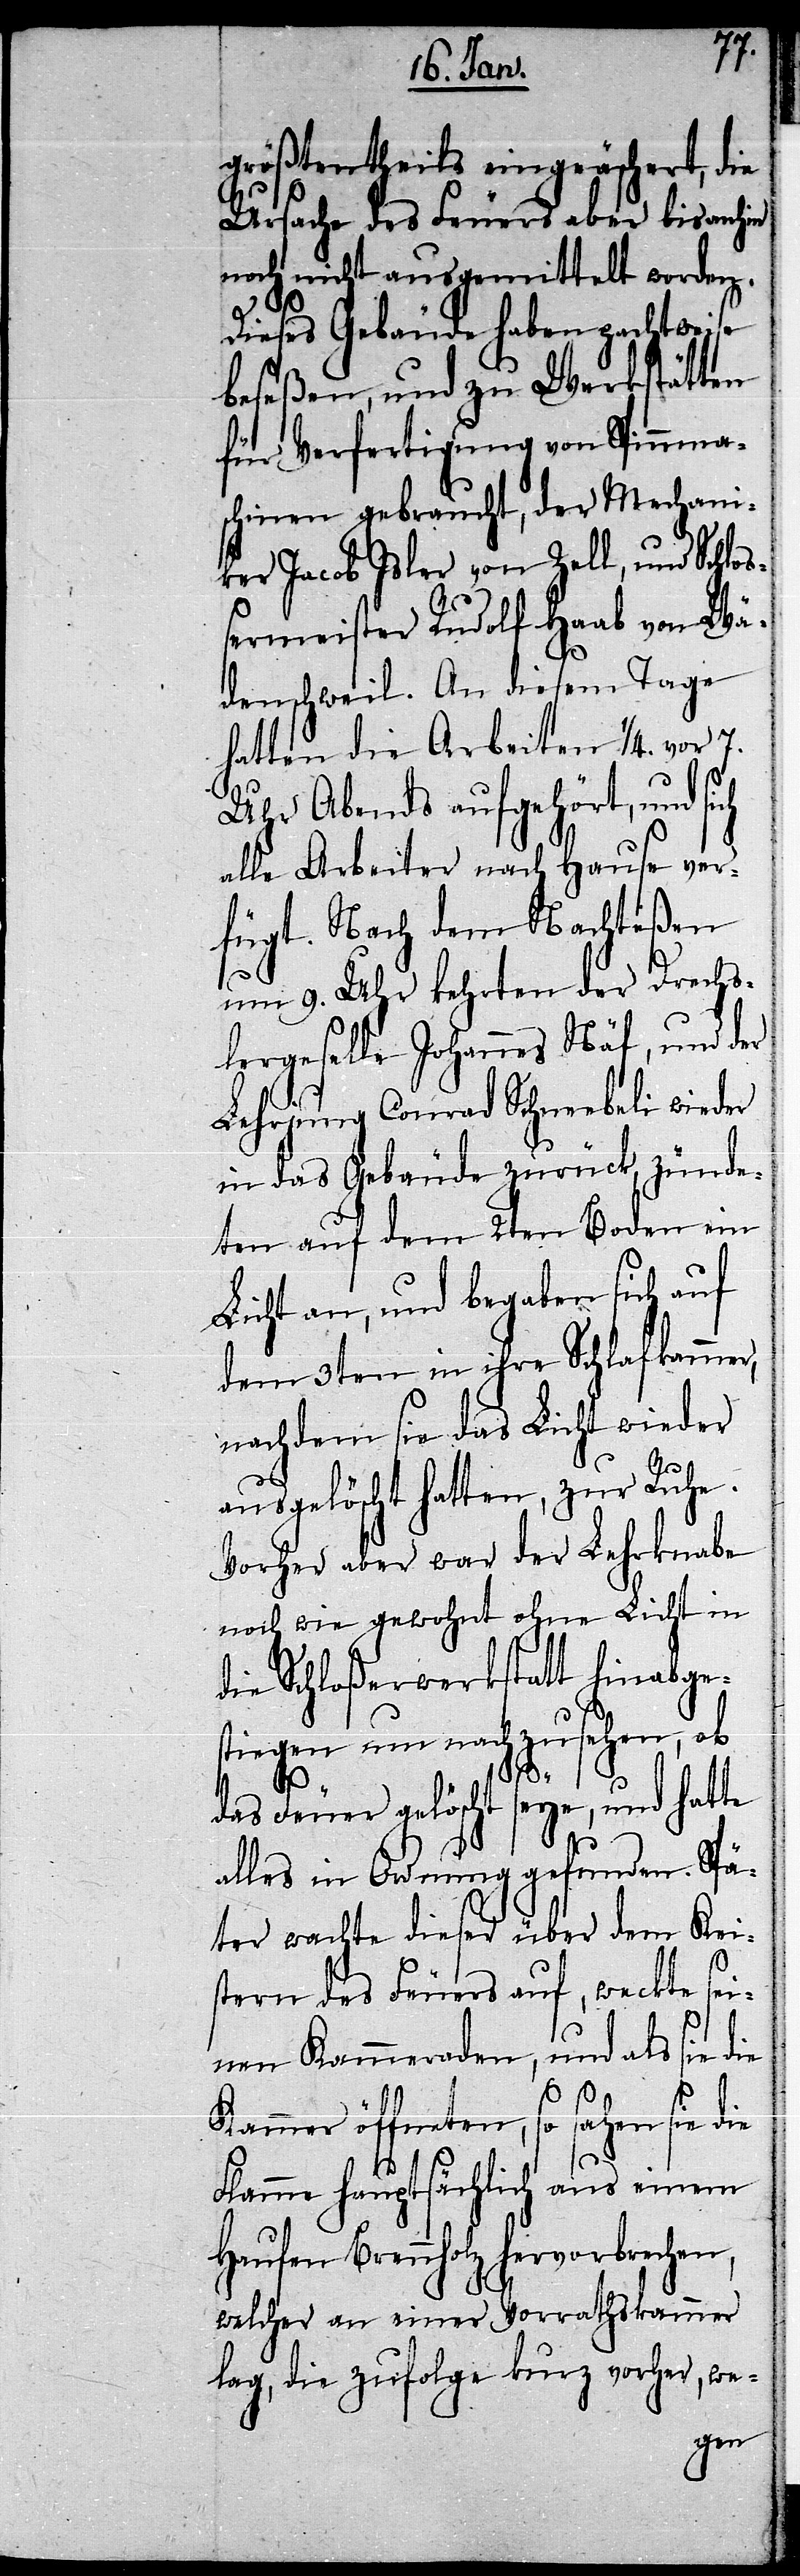
größtentheils eingeäschert, die
Ursache des Feuers aber bisanhin
noch nicht ausgemittelt worden.
Dieses Gebäude haben pachtweise
beseßen, und zu Werkstätten
für Verfertigung von Spinnma¬
schinen gebraucht, der Mechani¬
ker Jacob Isler von Zell, und Schlo¬
ßermeister Rudolf Haab von Wä¬
denschweil. An diesem Tage
hatten die Arbeiten 1/4. vor 7.
Uhr Abends aufgehört, und si¬
alle Arbeiter nach Hause ver¬
fügt. Nach dem Nachteßen
um 9. Uhr kehrten der Drechs¬
lergeselle Johannes Näf, und der
Lehrjung Conrad Schneebeli wieder
in das Gebäude zurück, zünde¬
ten auf dem 2ten Boden ein
Licht an, und begaben sich auf
dem 3ten in ihre Schlafkammer,
nachdem sie das Licht wieder
ausgelöscht hatten, zur Ruhe.
Vorher aber war der Lehrknabe
noch wie gewohnt ohne Licht in
die Schloßerwerkstatt hinabge¬
stiegen um nachzusehen, ob
Knis¬
ch
das Feuer gelöscht seye, und hatte
alles in Ordnung gefunden. Spä¬
ter wachte dieser über dem Kei¬
tern] des Feuers auf, weckte sei¬
nen Kammeraden, und als sie die
Kammer öffneten, so sahen sie die
Flamme hauptsächlich aus einem
Haufen Brennholz hervorbrechen,
welcher an einer Vorrathskammer
lag, die zufolge kurz vorher, we-